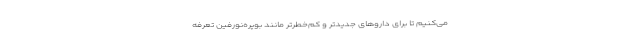
می‌کنیم تا برای داروهای جدیدتر و کم‌خطرتر مانند بوپره‌نورفین تعرفه